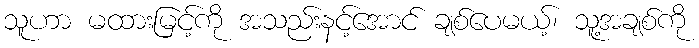
သူဟာ မထားမြင့်ကို အသည်းနင့်အောင် ချစ်ပေမယ့်၊ သူ့အချစ်ကို